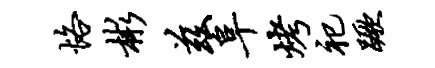
恪彬兹阜烤祀蹶